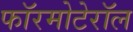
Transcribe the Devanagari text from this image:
फॉरमोटेरॉल